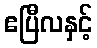
ဧပြီလနှင့်